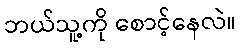
ဘယ်သူ့ကို စောင့်နေလဲ။